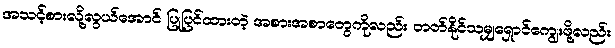
အသင့်စားလို့လွယ်အောင် ပြုပြင်ထားတဲ့ အစားအစာတွေကိုလည်း တတ်နိုင်သမျှရှောင်ကျွေးဖို့လည်း